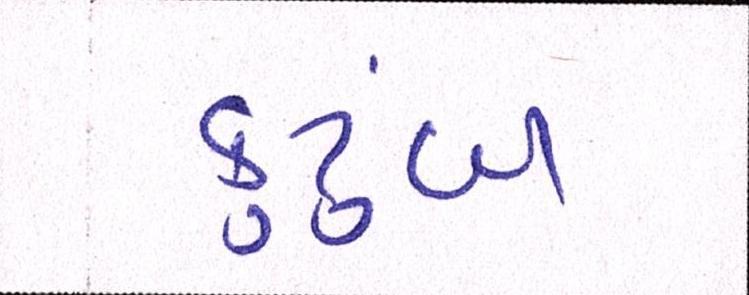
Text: કુટુંબ